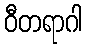
ဝီတရာဂါ